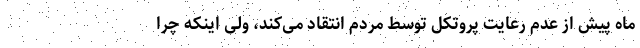
ماه پیش از عدم رعایت پروتکل توسط مردم انتقاد می‌کند، ولی اینکه چرا